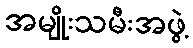
အမျိုးသမီးအဖွဲ့